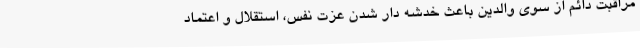
مراقبت دائم از سوی والدین باعث خدشه دار شدن عزت نفس، استقلال و اعتماد